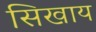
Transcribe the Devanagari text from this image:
सिखाय